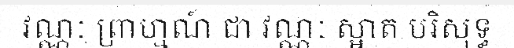
វណ្ណៈ ព្រាហ្មណ៍ ជា វណ្ណៈ ស្អាត បរិសុទ្ធ